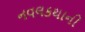
નવલકથાની